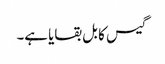
گیس کا بل بقایا ہے۔